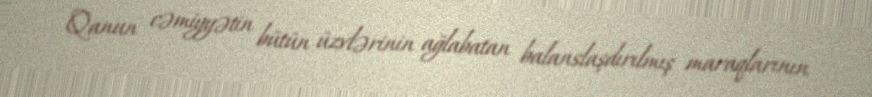
Qanun cəmiyyətin bütün üzvlərinin ağlabatan balanslaşdırılmış maraqlarının